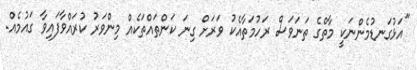
"އަޅުގަނޑުމެންނަކީ މާތްގެ ތަނަވަސް ރަހުމަތާއެކު ވަރަށް ގިނަ ކަންތައްތަކެއް މިންވަރު ކުރައްވާފައިވާ ގައުމެއް.